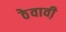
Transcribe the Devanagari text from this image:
ठेवावी़